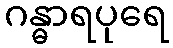
ဂန္ဓာရပုရေ